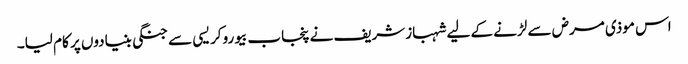
اس موذی مرض سے لڑنے کے لیے شہبازشریف نے پنجاب بیوروکریسی سے جنگی بنیادوں پر کام لیا۔